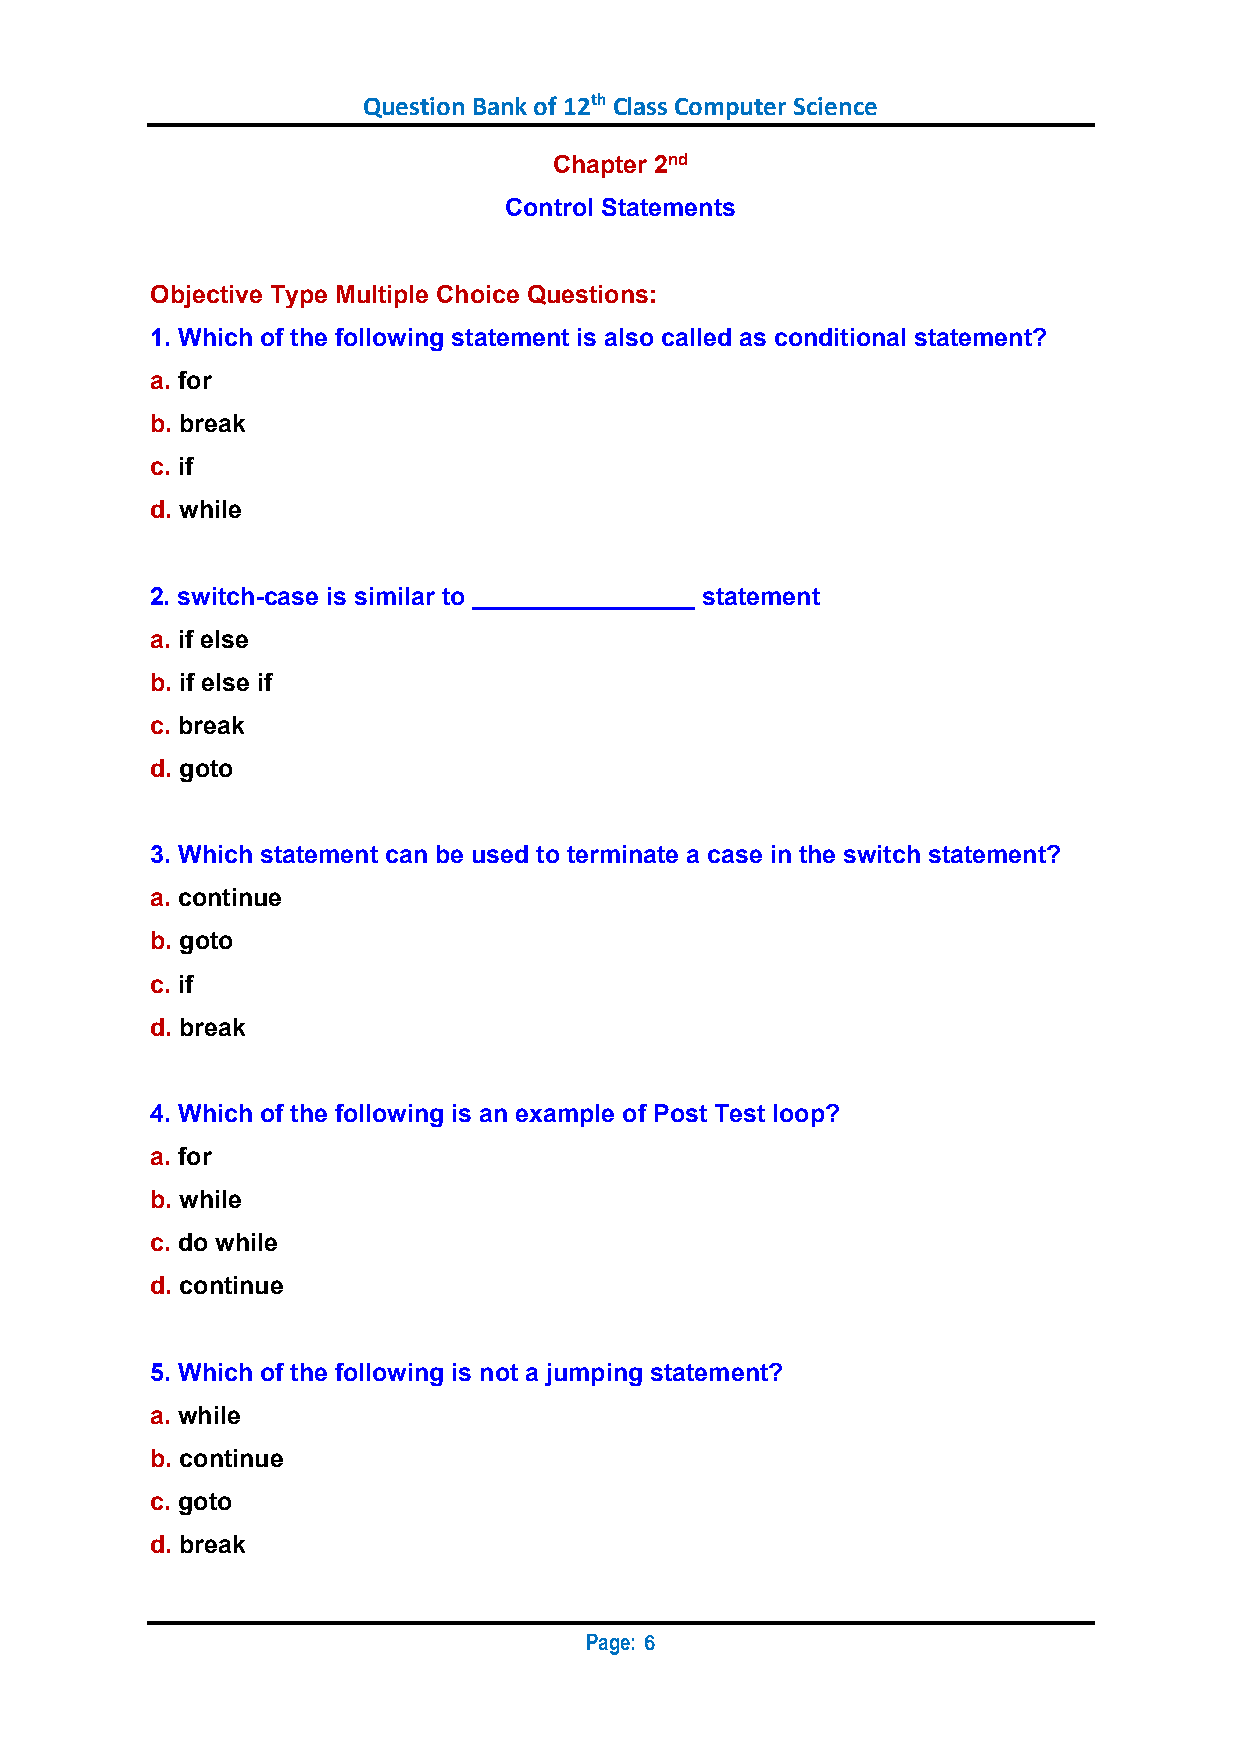
Question Bank of 12th Class Computer Science
 Chapter 2nd
 Control Statements
 Objective Type Multiple Choice Questions:
 1. Which of the following statement is also called as conditional statement?
 a. for
 b. break
 c. if
 d. while
 2. switch-case is similar to ________________ statement
 a. if else
 b. if else if
 c. break
 d. goto
 3. Which statement can be used to terminate a case in the switch statement?
 a. continue
 b. goto
 c. if
 d. break
 4. Which of the following is an example of Post Test loop?
 a. for
 b. while
 c. do while
 d. continue
 5. Which of the following is not a jumping statement?
 a. while
 b. continue
 c. goto
 d. break
 Page:
 6